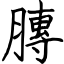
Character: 膞